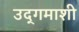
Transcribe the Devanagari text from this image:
उद्‌गमाशी